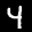
Label: 4